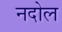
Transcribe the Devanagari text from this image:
नदोल